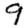
Digit: 9